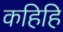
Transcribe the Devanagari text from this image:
कहिहि